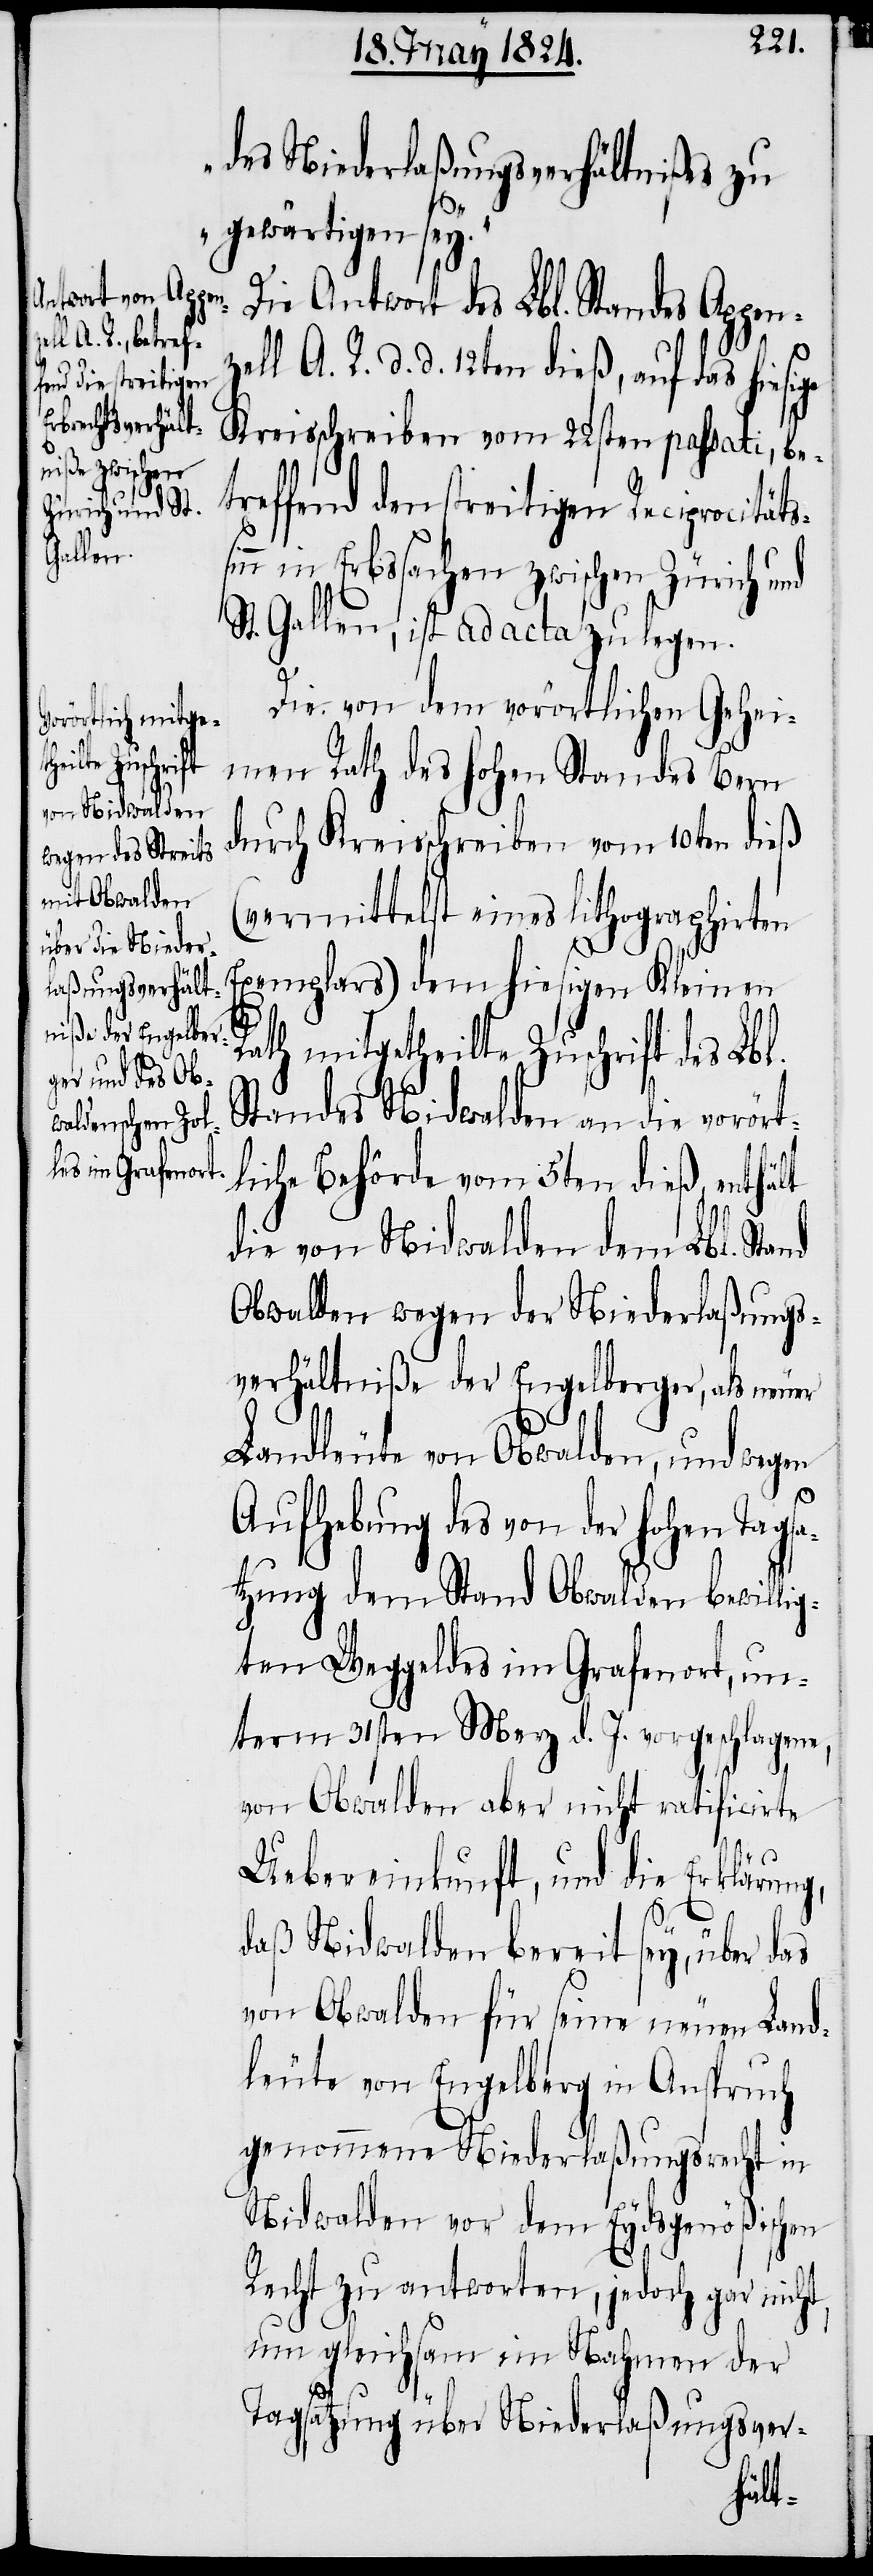
des Niederlaßungsverhältnißes zu
gewärtigen sey.“
Die Antwort des Lbl. Standes Appen¬
l A. R. d. d. 12ten dieß, auf das hie¬
Kreisschreiben vom 22sten passati, be¬
treffend den streitigen Reciprocität¬
inn in Erbssachen zwischen Zürich und
St. Gallen, ist ad acta zu legen.
Die von dem vorörtlichen Gehei¬
sige
men Rath des hohen Standes Bern
durch Kreisschreiben vom 10ten dieß
(vermittelst eines lithographirten
Exemplars) dem hiesigen Kleinen
Rath mitgetheilte Zuschrift des Lb¬
Standes Nidwalden an die vorört¬
liche Behörde vom 5ten dieß, enthält
die von Nidwalden dem Lbl. Stand
Obwalden wegen der Niederlaßungs¬
verhältniße der Engelberger, als neuer
Landleute von Obwalden, und wegen
Aufhebung des von der hohen Tagsa¬
tzung dem Stand Obwalden bewillig¬
ten Weggeldes im Grafenort, un¬
term 31sten Merz d. J. vorgeschlagene,
von Obwalden aber nicht ratificirte
l.
Uebereinkunft, und die Erklärung,
daß Nidwalden bereit sey, über das
von Obwalden für seine neuen Land¬
leute von Engelberg in Anspruch
genommene Niederlaßungsrecht in
Nidwalden vor dem Eydsgenößischen
Recht zu antworten, jedoch gar nicht,
um gleichsam im Nahmen der
Tagsatzung über Niederlaßungsver-
zel¬